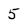
Character: 5